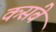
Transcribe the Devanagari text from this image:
कसंबे